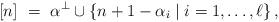
LaTeX: \begin{align*} [n]\ =\ \alpha^\perp\cup\{n+1-\alpha_i\mid i=1,\dotsc,\ell\}\,,\end{align*}